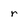
Character: r